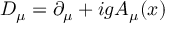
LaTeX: { \cal D } _ { \mu } = \partial _ { \mu } + i g A _ { \mu } ( x )